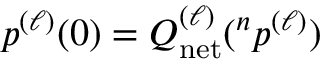
p ^ { ( \ell ) } ( 0 ) = Q _ { \mathrm { n e t } } ^ { ( \ell ) } ( { } ^ { n } p ^ { ( \ell ) } )